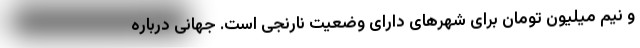
و نیم میلیون تومان برای شهرهای دارای وضعیت نارنجی است. جهانی درباره